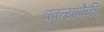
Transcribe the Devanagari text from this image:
वक्त्यांपैकी